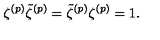
\zeta ^ { ( p ) } \tilde { \zeta } ^ { ( p ) } = \tilde { \zeta } ^ { ( p ) } \zeta ^ { ( p ) } = 1 .